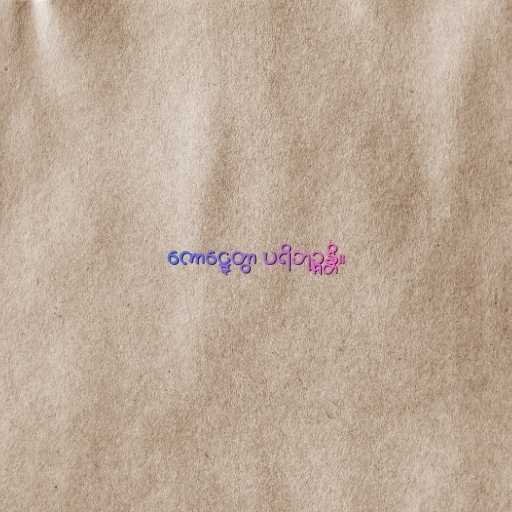
ကောဋ္ဋေတွာ ပရိဘုဉ္ဇန္တိ။